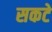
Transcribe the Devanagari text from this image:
सकटे